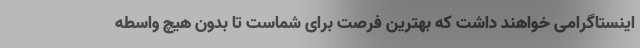
اینستاگرامی خواهند داشت که بهترین فرصت برای شماست تا بدون هیچ واسطه